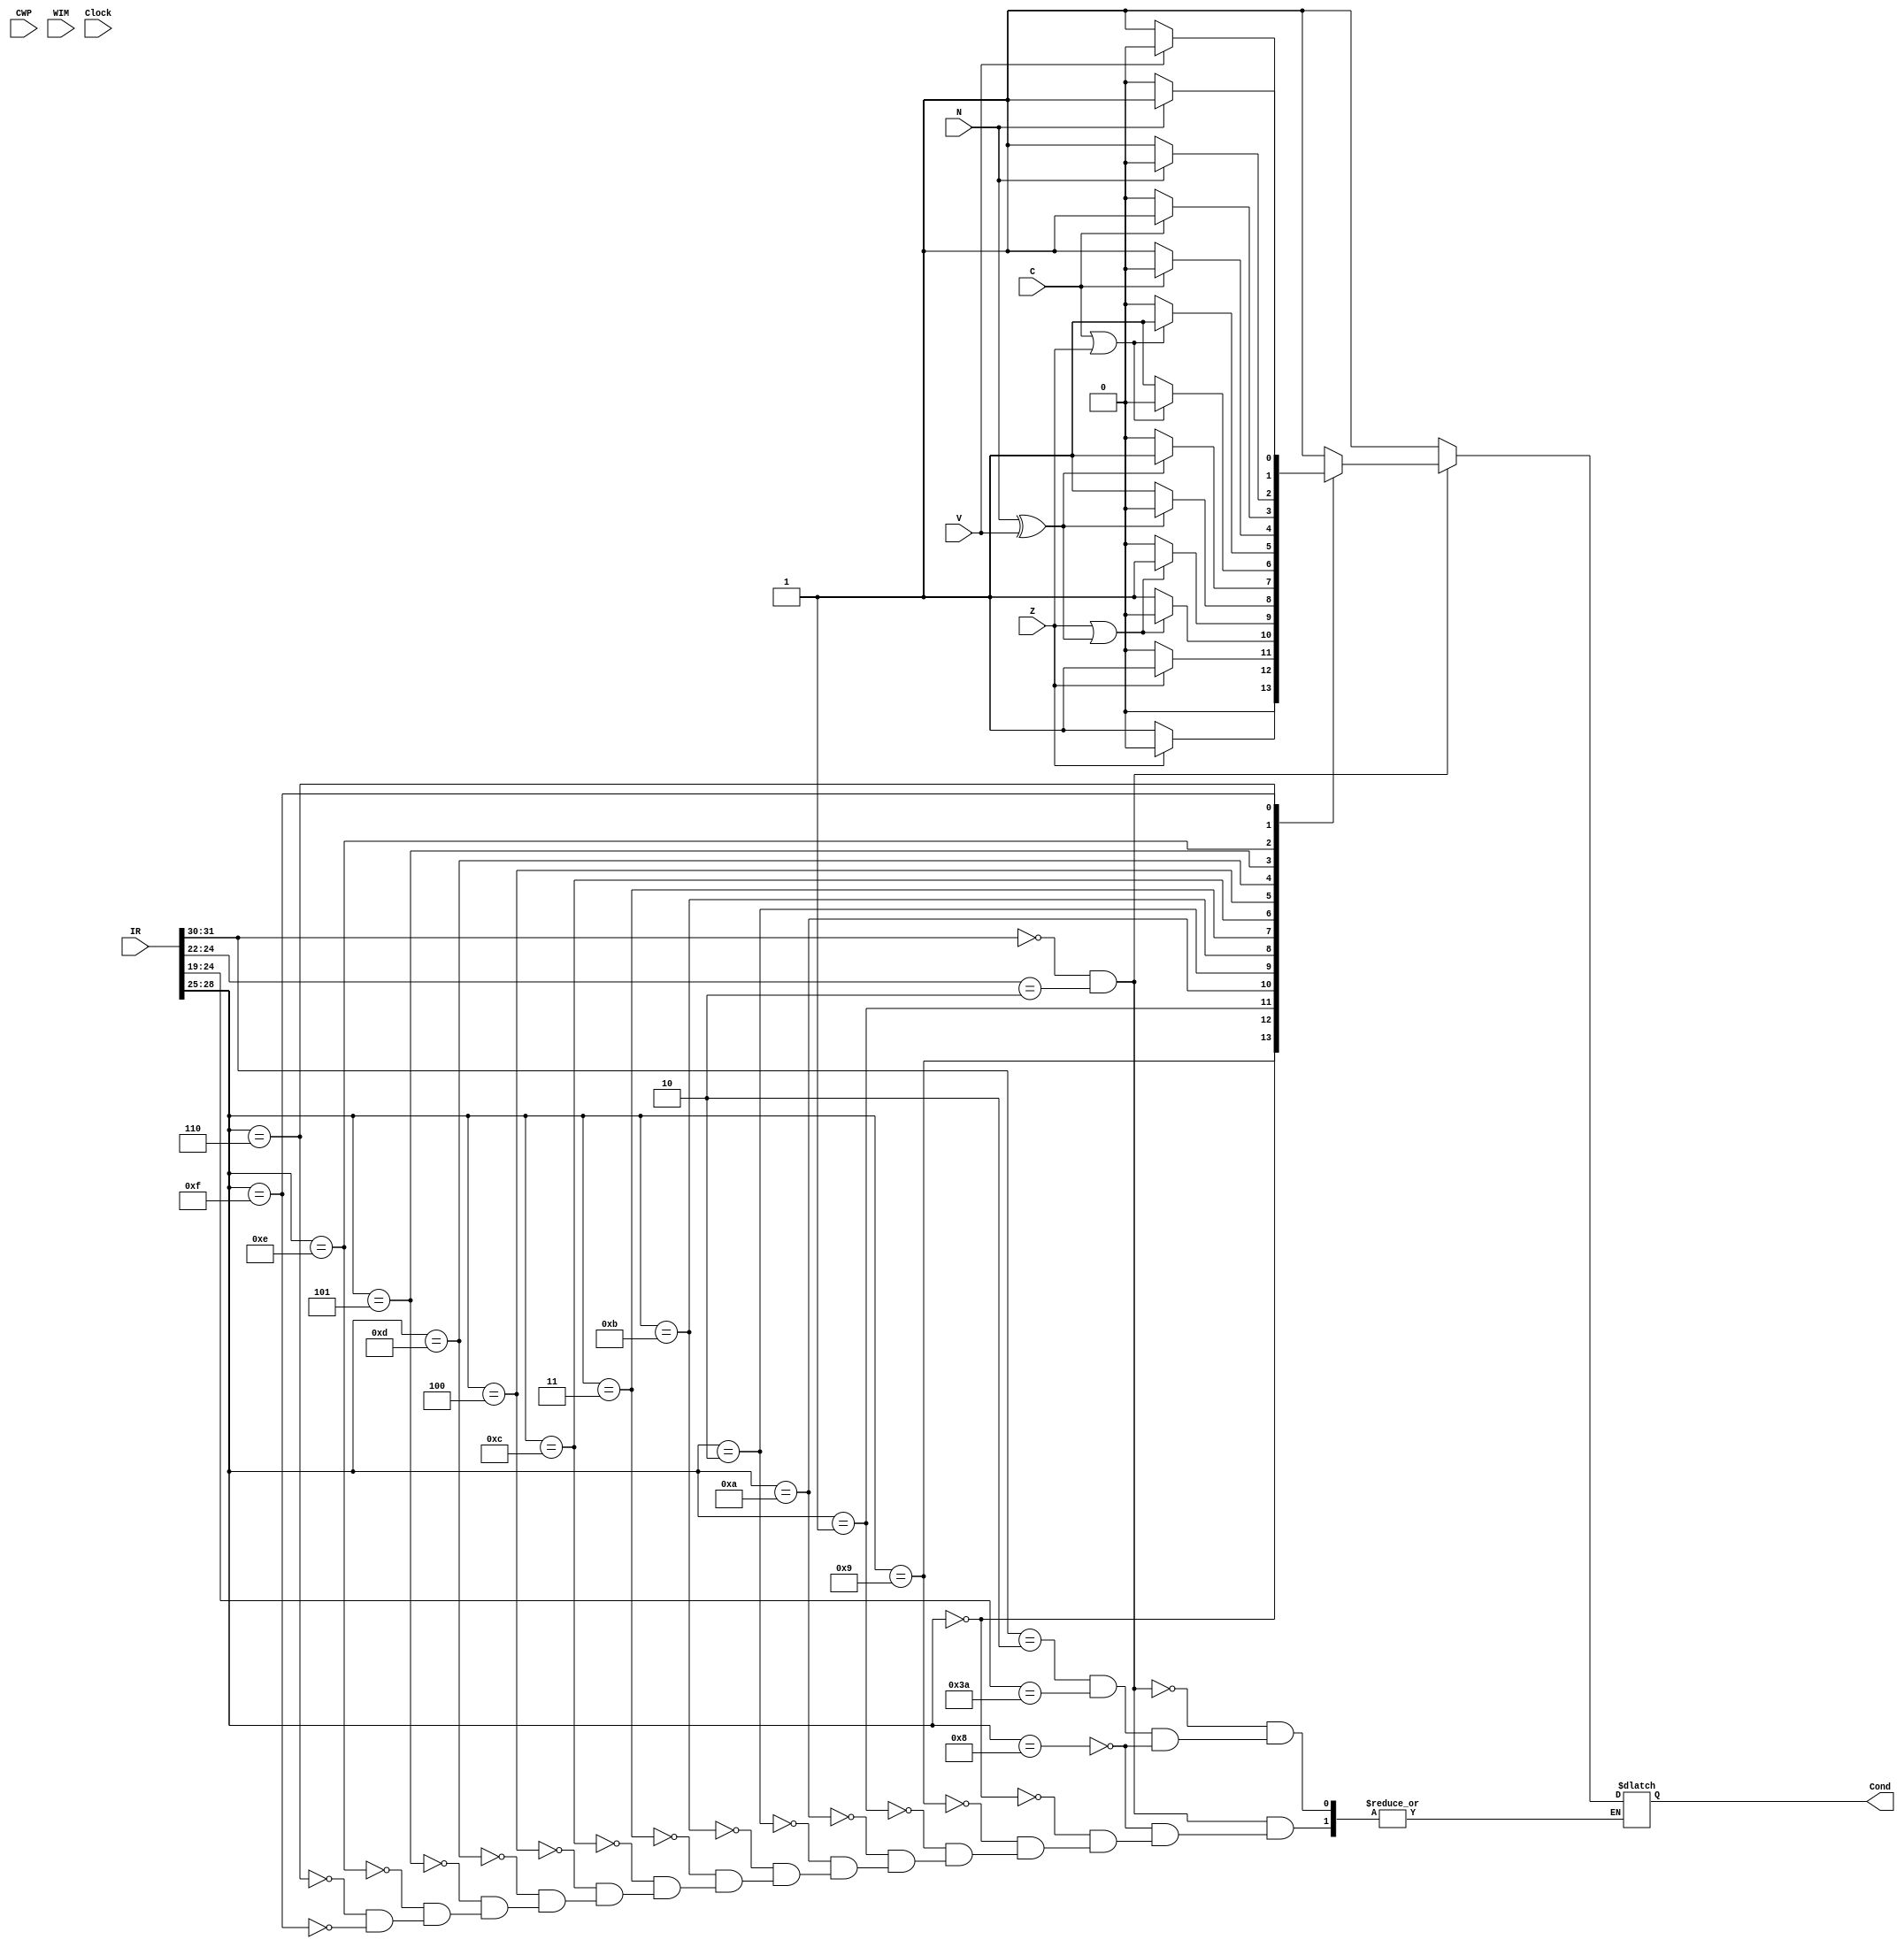
module Condition_Tester (
						output reg Cond,
						input [31:0] IR,
						input N,
						input Z,
						input V,
						input C,
						input [4:0] CWP,
						input [31:0] WIM,
						input Clock
						);
	
	always @*
		begin
		if (IR[31:30] == 2'b00 && IR[24:22] == 3'b010)
			begin
			case (IR[28:25])
				4'b1000:	// BA (Branch Always)
					begin
					Cond <= 1'b1;
					end
				4'b0000:	// BN (Branch Never)
					begin
					Cond <= 1'b0;
					end
				4'b1001:	// BNE (Branch on Not Equal)
					begin
					if (!Z)
						begin
						Cond <= 1'b1;
						end
					else
						begin
						Cond <= 1'b0;
						end
					end
				4'b0001:	// BE (Branch on Equal)
					begin
					if (Z)
						begin
						Cond <= 1'b1;
						end
					else
						begin
						Cond <= 1'b0;
						end
					end
				4'b1010:	// BG (Branch on Greater)
					begin
					if (!(Z || (N ^ V)))
						begin
						Cond <= 1'b1;
						end
					else
						begin
						Cond <= 1'b0;
						end
					end
				4'b0010:	// BLE (Branch on Less or Equal)
					begin
					if (Z || (N ^ V))
						begin
						Cond <= 1'b1;
						end
					else
						begin
						Cond <= 1'b0;
						end
					end
				4'b1011:	// BGE (Branch on Greater or Equal)
					begin
					if (!(N ^ V))
						begin
						Cond <= 1'b1;
						end
					else
						begin
						Cond <= 1'b0;
						end
					end
				4'b0011:	// BL (Branch on Less)
					begin
					if (N ^ V)
						begin
						Cond <= 1'b1;
						end
					else
						begin
						Cond <= 1'b0;
						end
					end
				4'b1100:	// BGU (Branch on Greater Unsigned)
					begin
					if (!(C || Z))
						begin
						Cond <= 1'b1;
						end
					else
						begin
						Cond <= 1'b0;
						end
					end
				4'b0100:	// BLEU (Branch on Less or Equal Unsigned)
					begin
					if (C || Z)
						begin
						Cond <= 1'b1;
						end
					else
						begin
						Cond <= 1'b0;
						end
					end
				4'b1101:	// BCC (Branch on Carry Clear)
					begin
					if (!C)
						begin
						Cond <= 1'b1;
						end
					else
						begin
						Cond <= 1'b0;
						end
					end
				4'b0101:	// BCS (Branch on Carry Set)
					begin
					if (C)
						begin
						Cond <= 1'b1;
						end
					else
						begin
						Cond <= 1'b0;
						end
					end
				4'b1110:	// BPOS (Branch on Positive)
					begin
					if (!N)
						begin
						Cond <= 1'b1;
						end
					else
						begin
						Cond <= 1'b0;
						end
					end
				4'b0110:	// BNEG (Branch on Negative)
					begin
					if (N)
						begin
						Cond <= 1'b1;
						end
					else
						begin
						Cond <= 1'b0;
						end
					end
				4'b1111:	// BVC (Branch on Overflow Clear)
					begin
					if (!V)
						begin
						Cond <= 1'b1;
						end
					else
						begin
						Cond <= 1'b0;
						end
					end
				4'b1111:	// BVS (Branch on Overflow Set)
					begin
					if (V)
						begin
						Cond <= 1'b1;
						end
					else
						begin
						Cond <= 1'b0;
						end
					end
				default:
					begin
					//$display("Error in Condition Tester");
					end
			endcase
			end
		else if (IR[31:30] == 2'b10 && IR[24:19] == 6'b111010)	// Trap Instructions
			begin
			case (IR[28:25])
				4'b1000:	// TA (Trap Always)
					begin
					Cond <= 1'b1;
					end
			endcase
			end
		else if (IR[31:30] == 2'b10 && IR[24:19] != 6'b111010)	// SAVE and RESTORE Instructions
			begin
			Cond <= 1;
			/*
			case (IR[24:19])
				6'b111100:	// SAVE
					begin
					if (WIM[(CWP - 1) % 1'd4] == 1'b1)
						begin
						Cond <= 1'b1;	// Overflow true
						end
					else
						begin
						Cond <= 1'b0;	// Overflow false
						end
					end
				6'b111101:	// RESTORE
					begin
					if (WIM[(CWP + 1) % 1'd4] == 1'b1)
						begin
						Cond <= 1'b1;	// Underflow true
						end
					else
						begin
						Cond <= 1'b0;	// Underflow false
						end
					end
			endcase
			*/
			end
		else
			begin
			Cond <= 1'b1;	// Don't care
			end
		end
endmodule